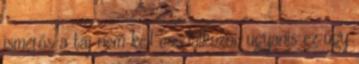
ismerős a táj nem kell csodálkozni, ugyanis ez úgy